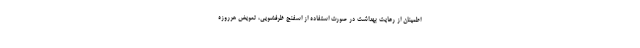
اطمینان از رعایت بهداشت در صورت استفاده از اسفنج ظرفشویی، تعویض هرروزه